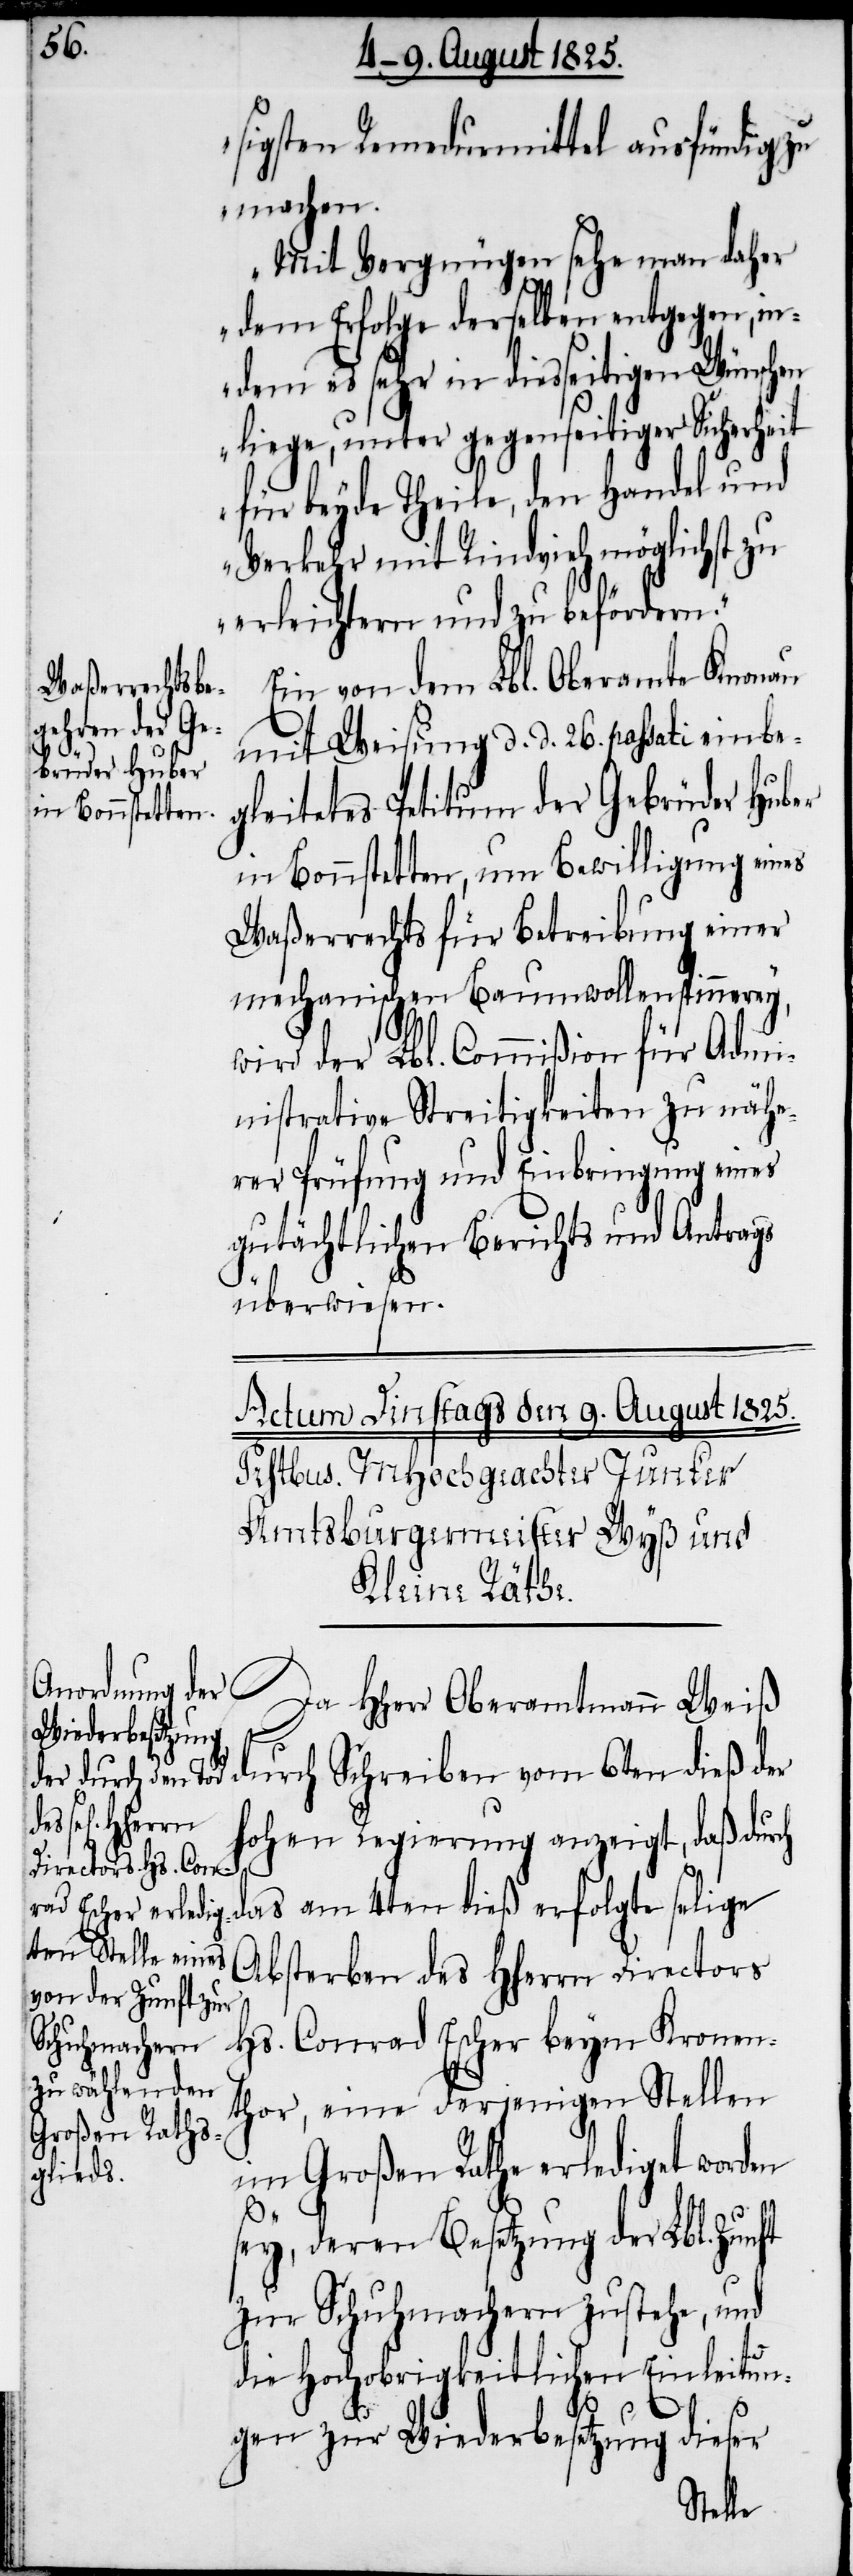
sigsten Remedurmittel ausfündig zu
machen.
Mit Vergnügen sehe man daher
dem Erfolge derselben entgegen, in¬
dem es sehr in diesseitigen Wünschen
liege, unter gegenseitiger Sicherheit
für beyde Theile, den Handel und
Verkehr mit Rindvieh möglichst zu
erleichtern und zu befördern.
Ein von dem Lbl. Oberamte Knonau
mit Weisung d. d. 26. passati einbe¬
gleitetes Petitum der Gebrüder Huber
in Bonnstetten, um Bewilligung eines
Waßerrechts für Betreibung einer
mechanischen Baumwollenspinnerey,
wird der Lbl. Commißion für Admi¬
nistrative Streitigkeiten zu nähe¬
rer Prüfung und Einbringung eines
gutächtlichen Berichts und Antrags
überwiesen.
durch Schreiben vom 6ten dieß der
hohen Regierung anzeigt, daß durch
das am 4ten dieß erfolgte selige
Absterben des HHerrn Directors
Hs. Conrad Escher beym Kronen¬
thor, eine derjenigen Stellen
im Großen Rathe erlediget worden
Weiß
sey, deren Besetzung der Lbl. Zunft
zur Schuhmachern zustehe, und
die Hochobrigkeitliche Einleitun¬
gen zur Wiederbesetzung dieser